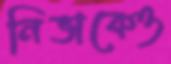
নিভাকেও